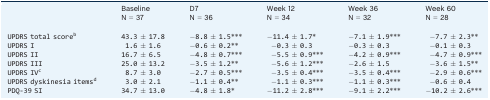
|  | Baseline N = 37 | D7 N = 36 | Week 12 N = 34 | Week 36 N = 32 | Week 60 N = 28 |
 | --- | --- | --- | --- | --- | --- |
 | UPDRS total scoreb | 43.3 ± 17.8 | −8.8 ± 1.5*** | −11.4 ± 1.7* | −7.1 ± 1.9*** | −7.7 ± 2.3** |
 | UPDRS I | 1.6 ± 1.6 | −0.6 ± 0.2** | −0.3 ± 0.3 | −0.3 ± 0.3 | −0.1 ± 0.3 |
 | UPDRS II | 16.7 ± 6.5 | −4.8 ± 0.7*** | −5.5 ± 0.9*** | −4.2 ± 0.9*** | −4.7 ± 0.9*** |
 | UPDRS III | 25.0 ± 13.2 | −3.5 ± 1.2** | −5.6 ± 1.2*** | −2.6 ± 1.5 | −3.6 ± 1.5** |
 | UPDRS IVc | 8.7 ± 3.0 | −2.7 ± 0.5*** | −3.5 ± 0.4*** | −3.5 ± 0.4*** | −2.9 ± 0.6*** |
 | UPDRS dyskinesia itemsd | 3.0 ± 2.1 | −1.1 ± 0.4** | −1.1 ± 0.3*** | −1.1 ± 0.3*** | −0.6 ± 0.4 |
 | PDQ‐39 SI | 34.7 ± 13.0 | −4.8 ± 1.8* | −11.2 ± 2.8*** | −9.1 ± 2.2*** | −10.2 ± 2.6*** |